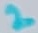
Text: 2